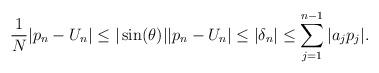
LaTeX: \begin{align*}\frac{1}{N}|p_n - U_n| \leq |\sin(\theta)||p_n - U_n| \leq |\delta_n| \leq \sum_{j=1}^{n-1}|a_jp_j|.\end{align*}